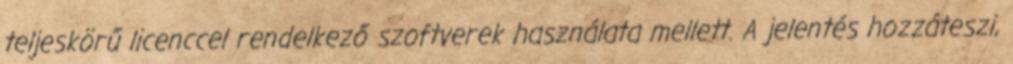
teljeskörű licenccel rendelkező szoftverek használata mellett. A jelentés hozzáteszi,